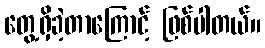
တွေ့ရှိခဲ့တာကြောင့် ဖြစ်ပါတယ်။